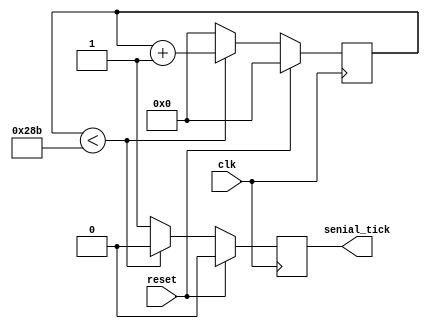
`timescale 1ns / 1ps
module GeneradorDeBaudios#(
        //Parametros
        parameter BAUD_RATE    = 9600, //velocidad tipica 
        parameter FREC_CLOCK_MHZ  = 100
    )
    (
        input wire clk,     
        input wire reset, 
        output  reg senial_tick
    );
    
    localparam integer contador_modulo = (FREC_CLOCK_MHZ * 1000000) / (BAUD_RATE * 16);
    reg [ $clog2 (contador_modulo) - 1 : 0 ] contador; //contador va a tener los bits necesarios para contar hasta modulo contador

    always@( posedge clk) begin
        if (reset)
            begin
                contador <= 0;
                 senial_tick <= 0;
            end 
        else 
            begin
                if (contador < contador_modulo) 
                    begin
                        senial_tick <= 0;//no enviamos tick, hasta que no se haya llegado al valor del modulo contador
                        contador <= contador + 1; //incrementamod contador
                    end
                else 
                    begin
                        senial_tick <= 1;//enviamos un tick
                        contador <= 0;//reseteamos el contador
                end
        end
    end
endmodule